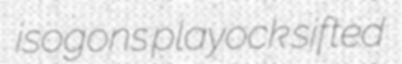
isogons playock sifted